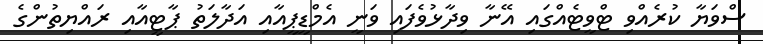
ސްވަޔާ ކުރެއްވި ޓްވީޓެއްގައި އޭނާ ވިދާޅުވެފައި ވަނީ އެމްޑީޕީއާއި އަދާލަތު ޕާޓީއާއި ރައްޔިތުންގެ